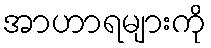
အာဟာရများကို